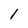
Character: 1